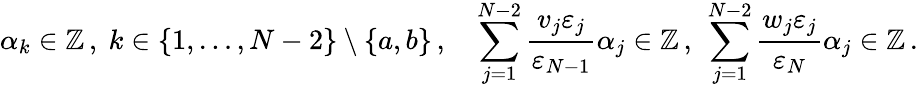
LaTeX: {\alpha_{k}}\in\mathbb{Z}\, ,~k\in\{ 1,\dots,N-2\} \setminus\{ a,b\} \, ,\quad\sum_{j=1}^{N-2}{\frac{v_{j}\varepsilon_{j}}{\varepsilon_{N-1}}}{\alpha_{j}}\in\mathbb{Z}\, ,~\sum_{j=1}^{N-2}{\frac{w_{j}\varepsilon_{j}}{\varepsilon_{N}}}{\alpha_{j}}\in\mathbb{Z}\, .